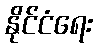
နိုင်ငံရေး